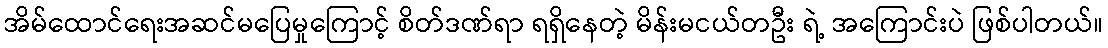
အိမ်ထောင်ရေးအဆင်မပြေမှုကြောင့် စိတ်ဒဏ်ရာ ရရှိနေတဲ့ မိန်းမငယ်တဦး ရဲ့ အကြောင်းပဲ ဖြစ်ပါတယ်။